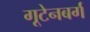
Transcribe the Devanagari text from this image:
गूटेनबर्ग